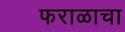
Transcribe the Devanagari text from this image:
फराळाचा